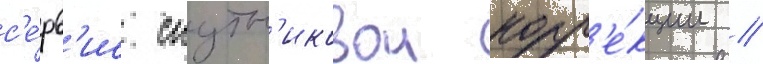
с'е́рв'ис спутн'иковои корр'е́кции //